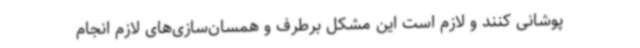
پوشانی کنند و لازم است این مشکل برطرف و همسان‌سازی‌های لازم انجام